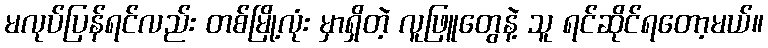
မလုပ်ပြန်ရင်လည်း တစ်မြို့လုံး မှာရှိတဲ့ လူဖြူတွေနဲ့ သူ ရင်ဆိုင်ရတော့မယ်။